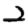
Digit: 2